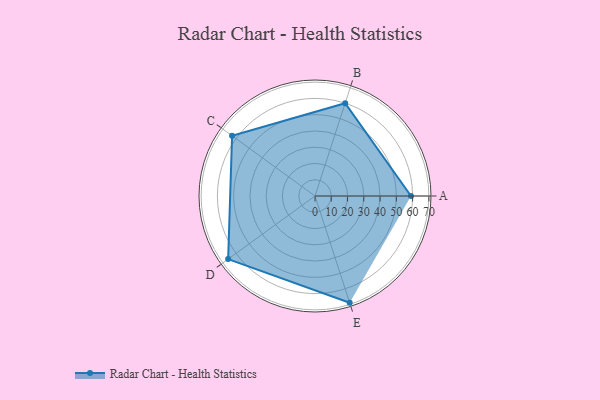
{"axis": {"x": "Skill", "y": "Score"}, "legend": ["Profile"], "data": [{"x": "A", "y": 59.0, "type": "Profile"}, {"x": "B", "y": 60.0, "type": "Profile"}, {"x": "C", "y": 63.0, "type": "Profile"}, {"x": "D", "y": 66.0, "type": "Profile"}, {"x": "E", "y": 69.0, "type": "Profile"}]}